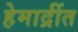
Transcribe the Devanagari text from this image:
हेमाद्रींत